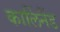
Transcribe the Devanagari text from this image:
कार्लिनैंड